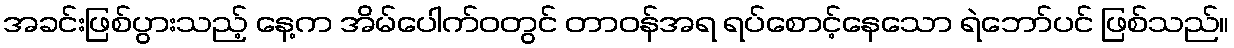
အခင်းဖြစ်ပွားသည့် နေ့က အိမ်ပေါက်ဝတွင် တာဝန်အရ ရပ်စောင့်နေသော ရဲဘော်ပင် ဖြစ်သည်။